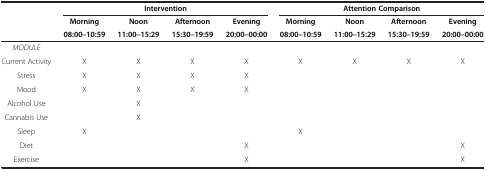
<table><thead><tr><td><b> </b></td><td colspan="4"><b>Intervention</b></td><td colspan="4"><b>Attention Comparison</b></td></tr><tr><td><b> </b></td><td><b>Morning</b></td><td><b>Noon</b></td><td><b>Afternoon</b></td><td><b>Evening</b></td><td><b>Morning</b></td><td><b>Noon</b></td><td><b>Afternoon</b></td><td><b>Evening</b></td></tr><tr><td><b> </b></td><td><b>08:00–10:59</b></td><td><b>11:00–15:29</b></td><td><b>15:30–19:59</b></td><td><b>20:00–00:00</b></td><td><b>08:00–10:59</b></td><td><b>11:00–15:29</b></td><td><b>15:30–19:59</b></td><td><b>20:00–00:00</b></td></tr></thead><tbody><tr><td><i>MODULE</i></td><td> </td><td> </td><td> </td><td> </td><td> </td><td> </td><td> </td><td> </td></tr><tr><td>Current Activity</td><td>X</td><td>X</td><td>X</td><td>X</td><td>X</td><td>X</td><td>X</td><td>X</td></tr><tr><td>Stress</td><td>X</td><td>X</td><td>X</td><td>X</td><td> </td><td> </td><td> </td><td> </td></tr><tr><td>Mood</td><td>X</td><td>X</td><td>X</td><td>X</td><td> </td><td> </td><td> </td><td> </td></tr><tr><td>Alcohol Use</td><td> </td><td>X</td><td> </td><td> </td><td> </td><td> </td><td> </td><td> </td></tr><tr><td>Cannabis Use</td><td> </td><td>X</td><td> </td><td> </td><td> </td><td> </td><td> </td><td> </td></tr><tr><td>Sleep</td><td>X</td><td> </td><td> </td><td> </td><td>X</td><td> </td><td> </td><td> </td></tr><tr><td>Diet</td><td> </td><td> </td><td> </td><td>X</td><td> </td><td> </td><td> </td><td>X</td></tr><tr><td>Exercise</td><td> </td><td> </td><td> </td><td>X</td><td> </td><td> </td><td> </td><td>X</td></tr></tbody></table>